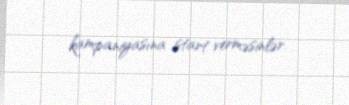
kampaniyasına start verməsinlər.